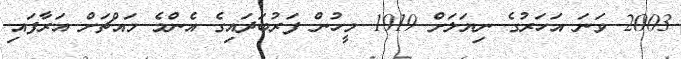
2003 ވަނަ އަހަރުގެ ނިޔަލަށް 1919 މީހުން ފަރުބަދައިގެ އެންމެ މައްޗަށް އަރާފައި